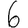
Digit: 6